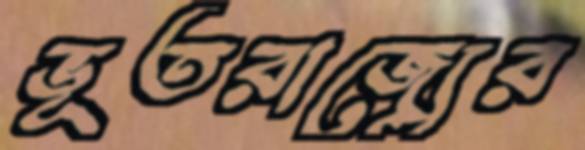
ভূতরাজ্যের